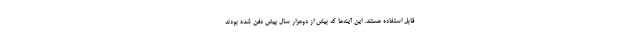
قابل استفاده هستند. این آینه‌ها که بیش از دوهزار سال پیش دفن شده بودند